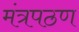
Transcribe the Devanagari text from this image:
मंत्रपठण